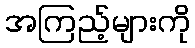
အကြည့်များကို